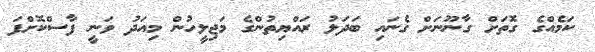
ކަމެއްގެ ގޮތަށް ގާނޫނަށް ގެނައި ބަދަލު ރައްޔިތުންގެ މަޖިލީހުން މިއަދު ވަނީ ފާސްކޮށްފަ